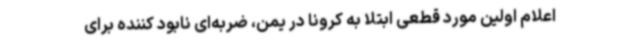
اعلام اولین مورد قطعی ابتلا به کرونا در یمن، ضربه‌ای نابود کننده برای